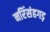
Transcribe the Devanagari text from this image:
नरिंसंहगड़